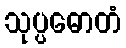
သုပ္ပဓောတံ